Vaccination in Burma 1889-1999 - 1889-1999
Year: 1889
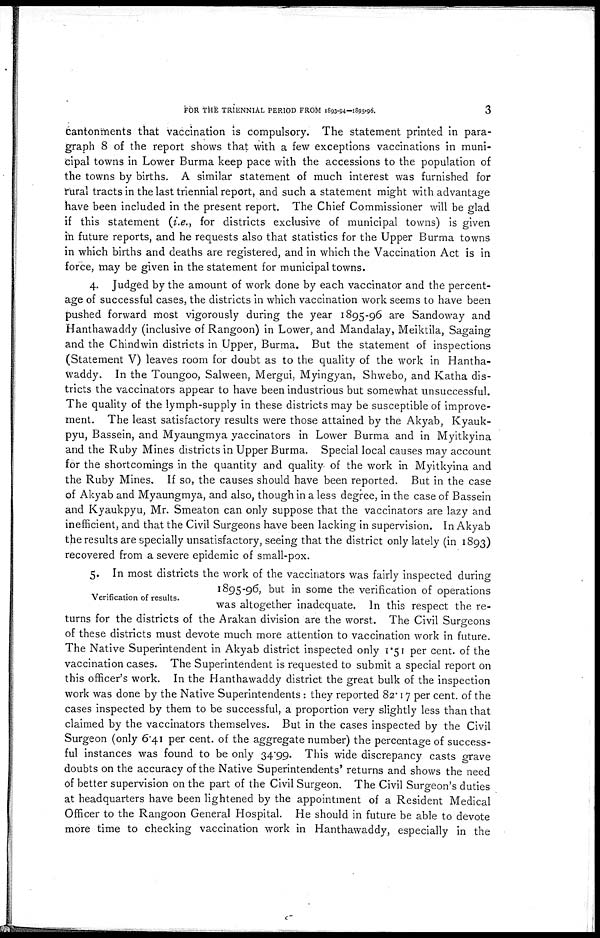
FOR THE TRIENNIAL PERIOD FROM 1893-94-1895-96.
3
cantonments that vaccination is compulsory. The statement printed in para-
graph 8 of the report shows that with a few exceptions vaccinations in muni-
cipal towns in Lower Burma keep pace with the accessions to the population of
the towns by births. A similar statement of much interest was furnished for
rural tracts in the last triennial report, and such a statement might with advantage
have been included in the present report. The Chief Commissioner will be glad
if this statement (i.e., for districts exclusive of municipal towns) is given
in future reports, and he requests also that statistics for the Upper Burma towns
in which births and deaths are registered, and in which the Vaccination Act is in
force, may be given in the statement for municipal towns.
4. Judged by the amount of work done by each vaccinator and the percent-
age of successful cases, the districts in which vaccination work seems to have been
pushed forward most vigorously during the year 1895-96 are Sandoway and
Hanthawaddy (inclusive of Rangoon) in Lower, and Mandalay, Meiktila, Sagaing
and the Chindwin districts in Upper, Burma. But the statement of inspections
(Statement V) leaves room for doubt as to the quality of the work in Hantha-
waddy. In the Toungoo, Salween, Mergui, Myingyan, Shwebo, and Katha dis-
tricts the vaccinators appear to have been industrious but somewhat unsuccessful.
The quality of the lymph-supply in these districts may be susceptible of improve-
ment. The least satisfactory results were those attained by the Akyab, Kyauk-
pyu, Bassein, and Myaungmya vaccinators in Lower Burma and in Myitkyina
and the Ruby Mines districts in Upper Burma. Special local causes may account
for the shortcomings in the quantity and quality of the work in Myitkyina and
the Ruby Mines. If so, the causes should have been reported. But in the case
of Akyab and Myaungmya, and also, though in a less degree, in the case of Bassein
and Kyaukpyu, Mr. Smeaton can only suppose that the vaccinators are lazy and
inefficient, and that the Civil Surgeons have been lacking in supervision. In Akyab
the results are specially unsatisfactory, seeing that the district only lately (in 1893)
recovered from a severe epidemic of small-pox.
Verification of results.
5. In most districts the work of the vaccinators was fairly inspected during
1895-96, but in some the verification of operations
was altogether inadequate. In this respect the re-
turns for the districts of the Arakan division are the worst. The Civil Surgeons
of these districts must devote much more attention to vaccination work in future.
The Native Superintendent in Akyab district inspected only 1.51 per cent. of the
vaccination cases. The Superintendent is requested to submit a special report on
this officer's work. In the Hanthawaddy district the great bulk of the inspection
work was done by the Native Superintendents: they reported 82.17 per cent. of the
cases inspected by them to be successful, a proportion very slightly less than that
claimed by the vaccinators themselves. But in the cases inspected by the Civil
Surgeon (only 6.41 per cent. of the aggregate number) the percentage of success-
ful instances was found to be only 34.99. This wide discrepancy casts grave
doubts on the accuracy of the Native Superintendents' returns and shows the need
of better supervision on the part of the Civil Surgeon. The Civil Surgeon's duties
at headquarters have been lightened by the appointment of a Resident Medical
Officer to the Rangoon General Hospital. He should in future be able to devote
more time to checking vaccination work in Hanthawaddy, especially in the